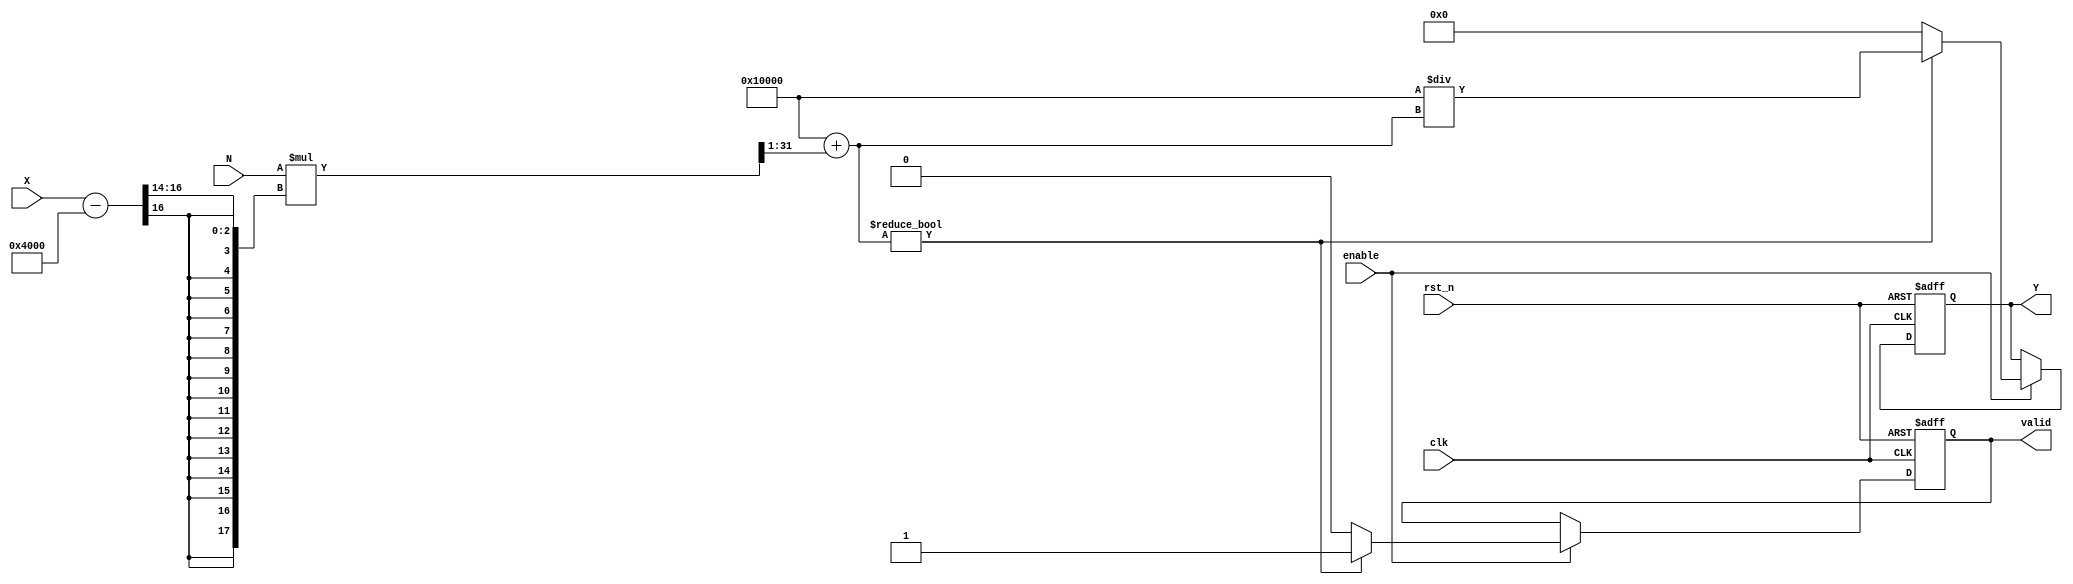
module fractional_order_reciprocal (
    input wire clk,
    input wire rst_n,
    input wire enable,
    input wire [15:0] X,    // Input value (fixed-point representation)
    input wire [15:0] N,    // Fractional order (fixed-point representation)
    output reg [31:0] Y,     // Output value (fixed-point representation)
    output reg valid         // Output valid signal
);

    // Intermediate variables
    reg [31:0] ln_X;         // Natural logarithm of X
    reg [31:0] exp_N_ln_X;   // Exponential of (N * ln(X))
    reg [15:0] X_temp;
    reg [15:0] N_temp;

    // Fixed-point representation parameters
    parameter FIXED_POINT_FRACTIONAL_BITS = 16;

    // Logarithm approximation
    function [31:0] ln;
        input [15:0] x;
        begin
            // Simple approximation for ln(x) using Taylor series or lookup table
            // Replace with a suitable approximation or LUT for better accuracy
            ln = (x - 16'h4000) >> 14; // Example: ln(x) ~ (x - 1) for x near 1
        end
    endfunction

    // Exponential approximation
    function [31:0] exp;
        input [31:0] x;
        begin
            // Simple approximation for e^x using Taylor series or lookup table
            // Replace with a suitable approximation or LUT for better accuracy
            exp = (1 << FIXED_POINT_FRACTIONAL_BITS) + (x >> 1); // Example: e^x ~ 1 + x/2
        end
    endfunction

    // Compute reciprocal of X^N
    always @(posedge clk or negedge rst_n) begin
        if (!rst_n) begin
            Y <= 32'd0;
            valid <= 1'b0;
        end else if (enable) begin
            // Step 1: Calculate ln(X)
            ln_X = ln(X);

            // Step 2: Calculate N * ln(X)
            exp_N_ln_X = exp(N * ln_X);

            // Step 3: Calculate Y = 1 / (X^N) = 1 / exp(N * ln(X))
            if (exp_N_ln_X != 0) begin
                Y <= (1 << FIXED_POINT_FRACTIONAL_BITS) / exp_N_ln_X; // Fixed-point division
                valid <= 1'b1;
            end else begin
                Y <= 32'd0; // Handle division by zero
                valid <= 1'b0;
            end
        end
    end
endmodule